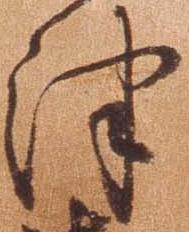
津